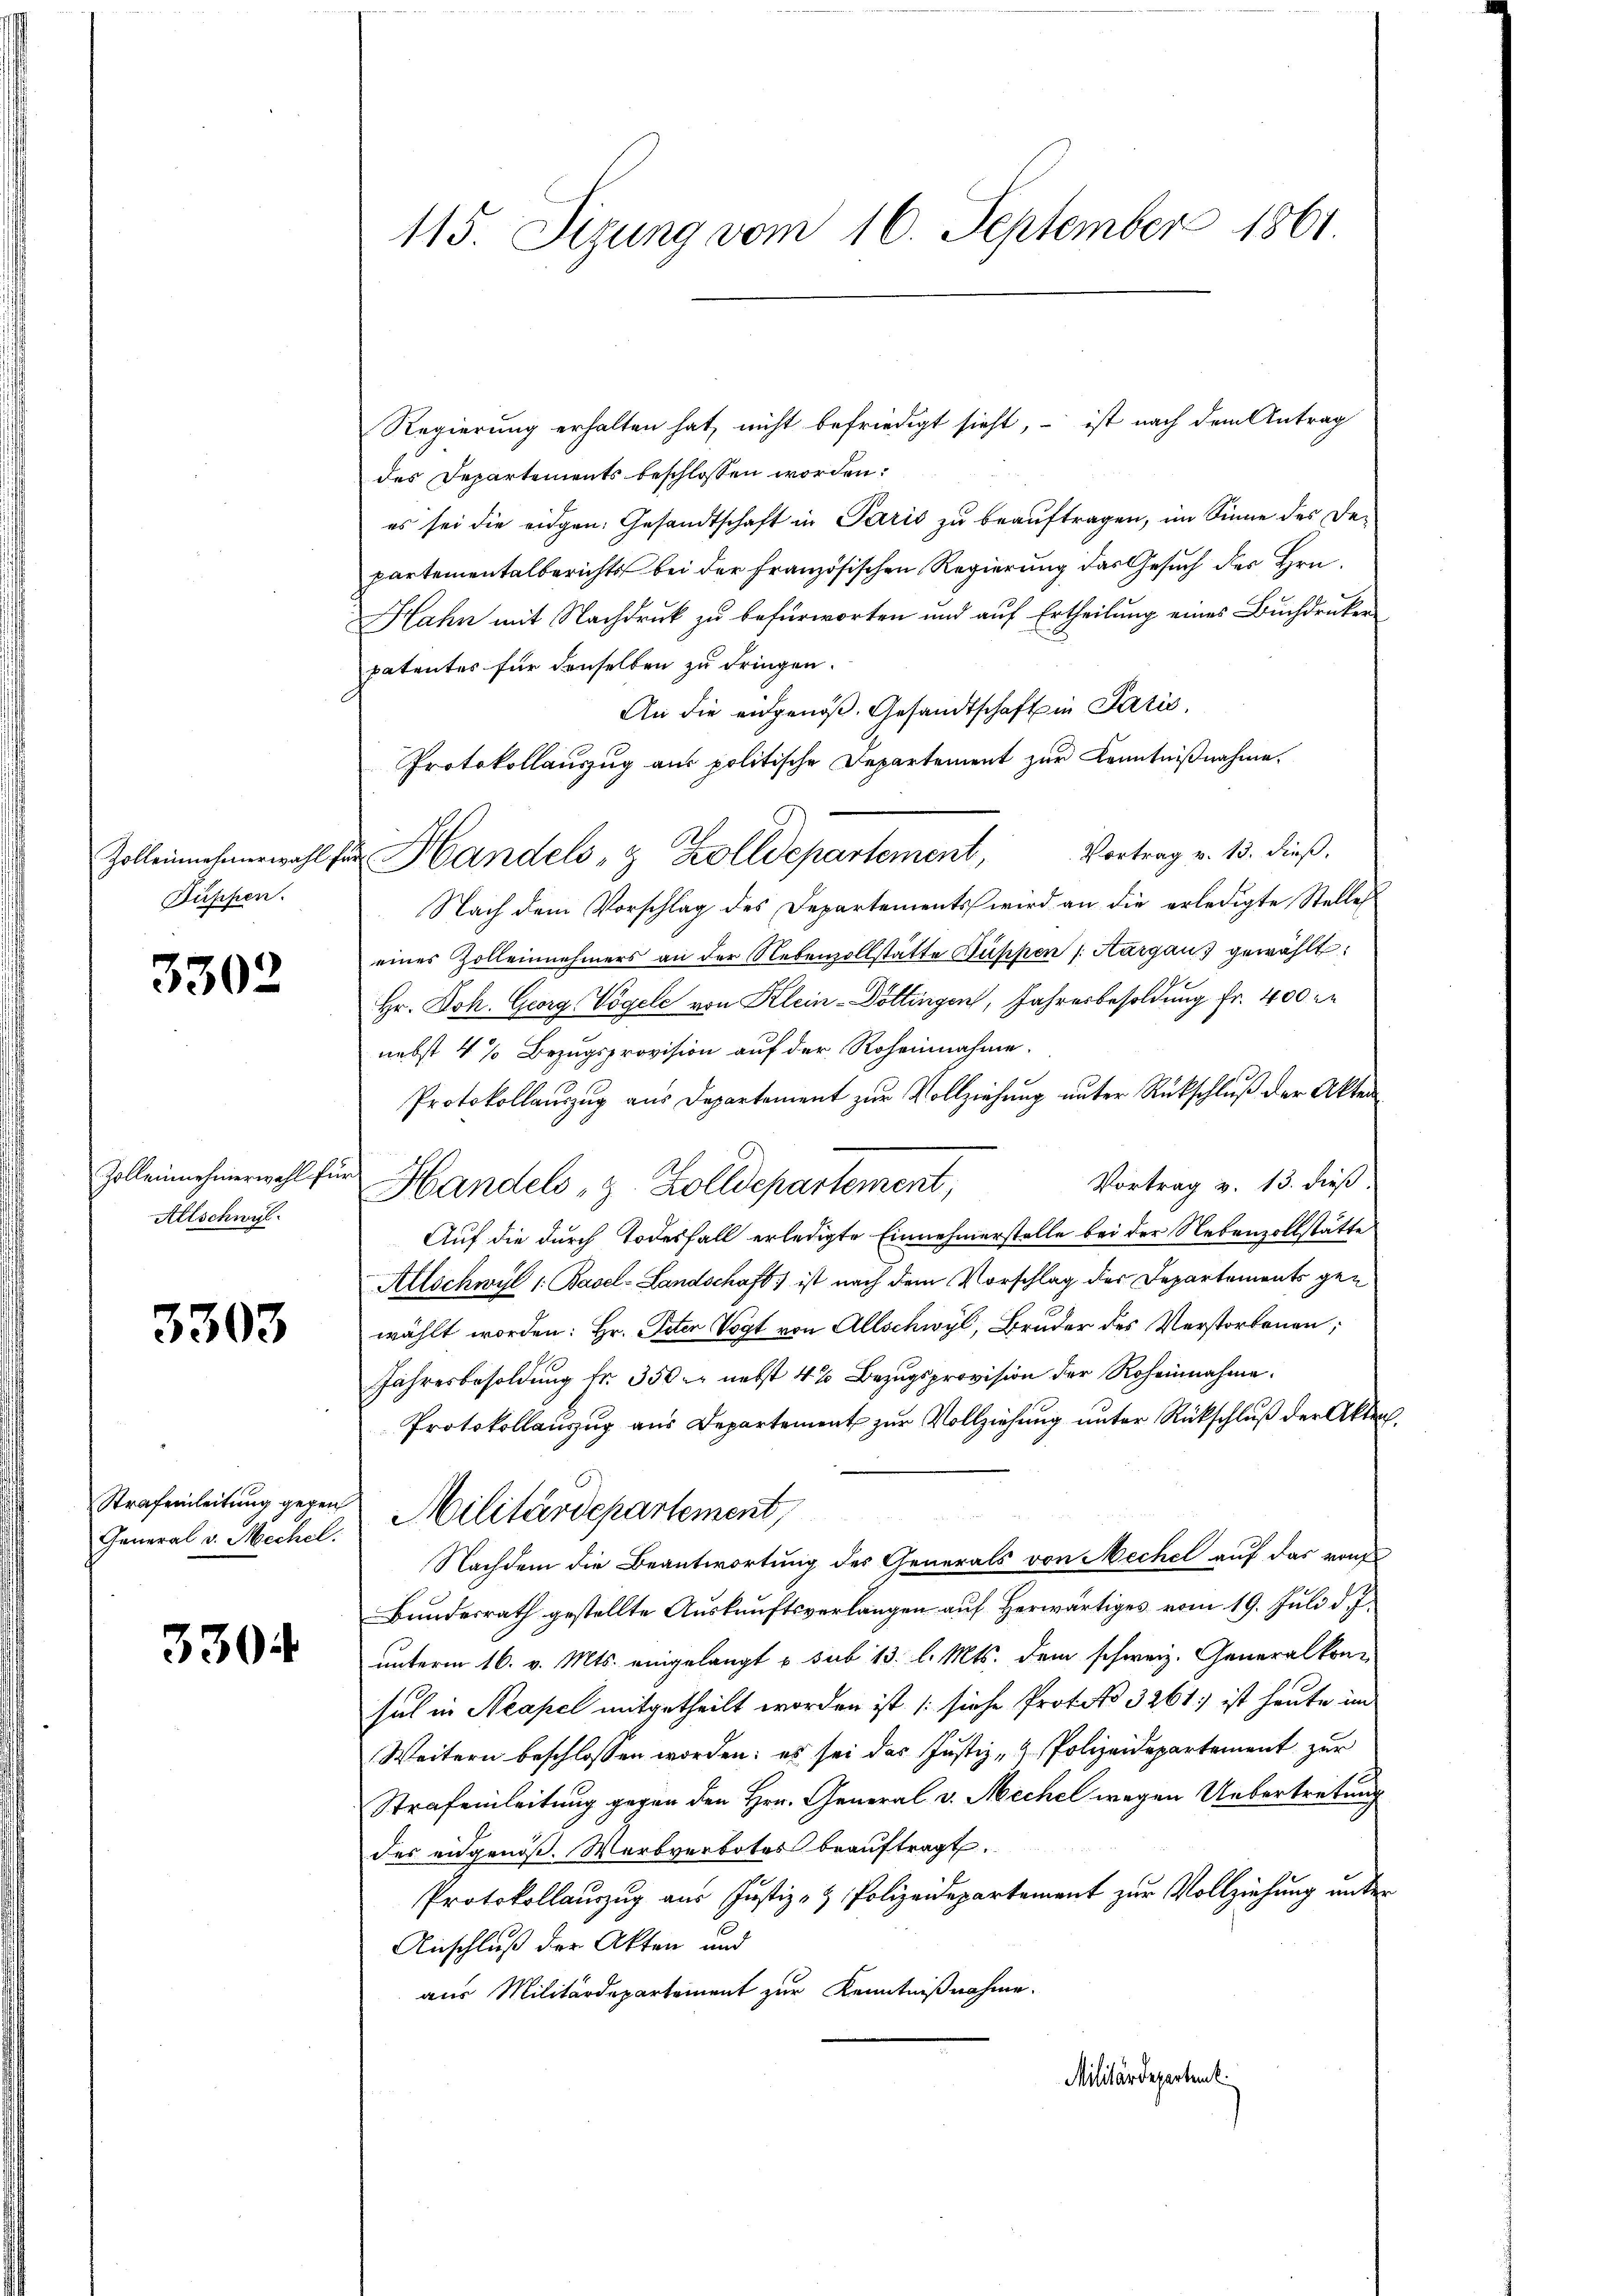
Zolleinehmerwahl f
Düpfen.

3302

Zolleinehmerwahl für
Allschwyl

3303

General v. Mechel.

330

115. Sizung vom 16. September 1861

Regierung erhalten hat, nicht befriedigt sieht, – ist nach dem Antrag
des Departements beschlossen worden:
es sei die eidgen. Gesandtschaft in Paris zŭ beaŭftragen, im Sinne des De-
partementalberichts bei der Französischen Regierung das Gesuch der Hrn.
Hahn mit Nachdruck zu befürworten und auf Ertheilung eines Buchdrucker
patentes für denselben zu dringen.
An die eidgenöß. Gesandtschaft in Paris
Protokollauszug aus politische Departement zur Kenntnißnahme.
 Handels- & Zolldepartement, Vortrag v. 13. dieβ.
Nach dem Vorschlag des Departements wird an die erledigte Stelles
eines Zolleinehmers an der Nebenvollstatte Kuppen (Aargaus gewählt:
Hr. Joh. Georg Vögele von Klein-Döttingen, Jahresbesoldung fr. 400 M
nebst 4 % Bezugsprovision auf der Roheinnahme.
Protokollauszug aus Departement zur Vollziehung unter Rückschluß der Akten
Vortrag v. 13. dieß
Handels z. Zolldepartement,
Auf die durch Todesfall erledigte Einnehmerstelle bei der Nebenzollstätte
Allschwyl 1. Basel-Landschaft) ist nach dem Vorschlag der Departements gewählt worden: Hr. Peten Vogt von Allschwyl, Bruder des Verstorbenen;
Jahresbesoldung fr. 350 M nebst 4% Bezugsprovision der Roheinnahme.
Protokollanzug aus Departement zur Vollziehung unter Rückschluß der Akten
Strafeinleitung gegen Militärdepartement,
Nachdem die Beantwortung des Generals von Mechel auf das von
Bundesrath gestellte Auskunftsverlangen auf Herwärtiges vom 19. Juli d. J.
unterm 16. v. Mts. eingelangt u sub 13. l. Mts. dem schweiz. Generalkon-
sul in Neapel mitgetheilt worden ist (siehe Protoko 3261) ist heute im
Weitern beschlossen worden; es sei das Justiz- & Polizeidepartement zur
Strafeinleitung gegen den Hrn. General v. Mechel wegen Uebertretung
des eidgenöß. Warbverbotes beaŭftragt.
Protokollauszug aus Justiz- & Polizeidepartement zur Vollziehung unter
Anschluß der Akten und
aus Militärdepartement zur Kenntnißnahme.
Militärdeparten.